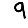
Digit: 9